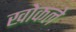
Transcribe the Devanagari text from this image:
खोकले